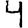
Digit: 4